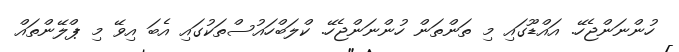
ހުންނަންޖެހޭ. އައްޑޫގައި މި ތަންތަން ހުންނަންޖެހޭ. ކްލަބްހައުސްތަކުގައި އެބަ އިވޭ މި ޕްލޭންތައް